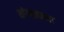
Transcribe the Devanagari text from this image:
शांग्शाकच्या